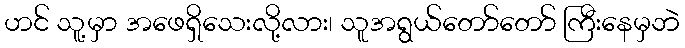
ဟင် သူ့မှာ အဖေရှိသေးလို့လား၊ သူအရွယ်တော်တော် ကြီးနေမှဘဲ